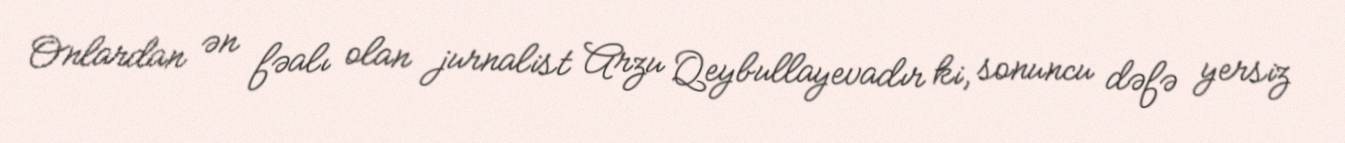
Onlardan ən fəalı olan jurnalist Arzu Qeybullayevadır ki, sonuncu dəfə yersiz